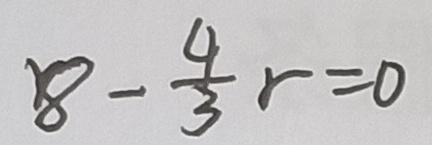
8 - \frac { 4 } { 3 } r = 0